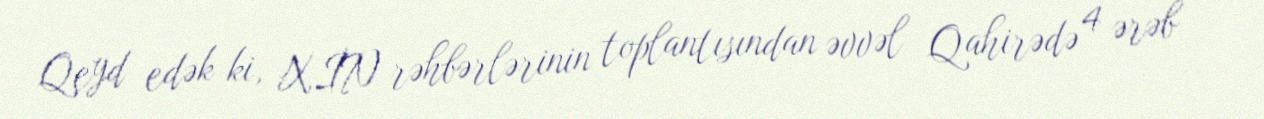
Qeyd edək ki, XİN rəhbərlərinin toplantısından əvvəl Qahirədə 4 ərəb